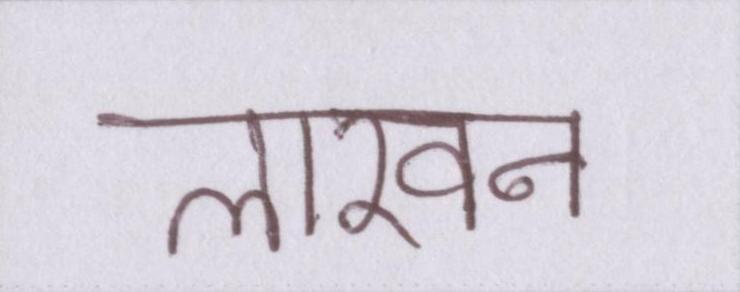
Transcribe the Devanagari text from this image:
लाखन